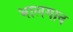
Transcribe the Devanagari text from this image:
भालगाव